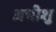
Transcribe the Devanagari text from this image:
अभीशु